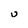
Character: U